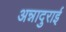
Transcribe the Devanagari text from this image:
अन्नादुराई